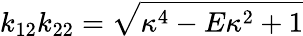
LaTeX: k_{12}k_{22}=\sqrt{\kappa^{4}-E\kappa^{2}+1}